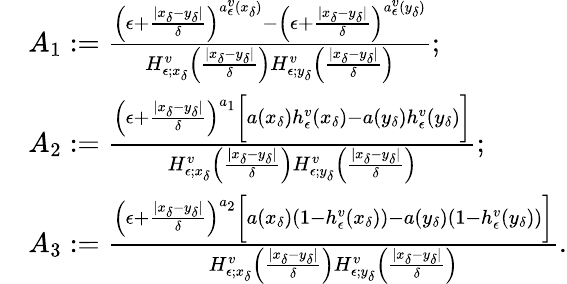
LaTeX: \begin{array}{rl}&{A_{1}:=\frac{\left(\epsilon+\frac{|x_{\delta}-y_{\delta}|}{\delta}\right)^{a_{\epsilon}^{v}(x_{\delta})}-\left(\epsilon+\frac{|x_{\delta}-y_{\delta}|}{\delta}\right)^{a_{\epsilon}^{v}(y_{\delta})}}{H_{\epsilon;x_{\delta}}^{v}\left(\frac{|x_{\delta}-y_{\delta}|}{\delta}\right)H_{\epsilon;y_{\delta}}^{v}\left(\frac{|x_{\delta}-y_{\delta}|}{\delta}\right)};}\\ &{A_{2}:=\frac{\left(\epsilon+\frac{|x_{\delta}-y_{\delta}|}{\delta}\right)^{a_{1}}\bigg[a(x_{\delta})h_{\epsilon}^{v}(x_{\delta})-a(y_{\delta})h_{\epsilon}^{v}(y_{\delta})\bigg]}{H_{\epsilon;x_{\delta}}^{v}\left(\frac{|x_{\delta}-y_{\delta}|}{\delta}\right)H_{\epsilon;y_{\delta}}^{v}\left(\frac{|x_{\delta}-y_{\delta}|}{\delta}\right)};}\\ &{A_{3}:=\frac{\left(\epsilon+\frac{|x_{\delta}-y_{\delta}|}{\delta}\right)^{a_{2}}\bigg[a(x_{\delta})(1-h_{\epsilon}^{v}(x_{\delta}))-a(y_{\delta})(1-h_{\epsilon}^{v}(y_{\delta}))\bigg]}{H_{\epsilon;x_{\delta}}^{v}\left(\frac{|x_{\delta}-y_{\delta}|}{\delta}\right)H_{\epsilon;y_{\delta}}^{v}\left(\frac{|x_{\delta}-y_{\delta}|}{\delta}\right)}.}\end{array}